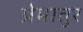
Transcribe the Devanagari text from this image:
प्रेमातुर